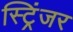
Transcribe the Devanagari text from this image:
स्ट्रिंजर